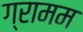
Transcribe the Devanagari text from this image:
ग्रामम